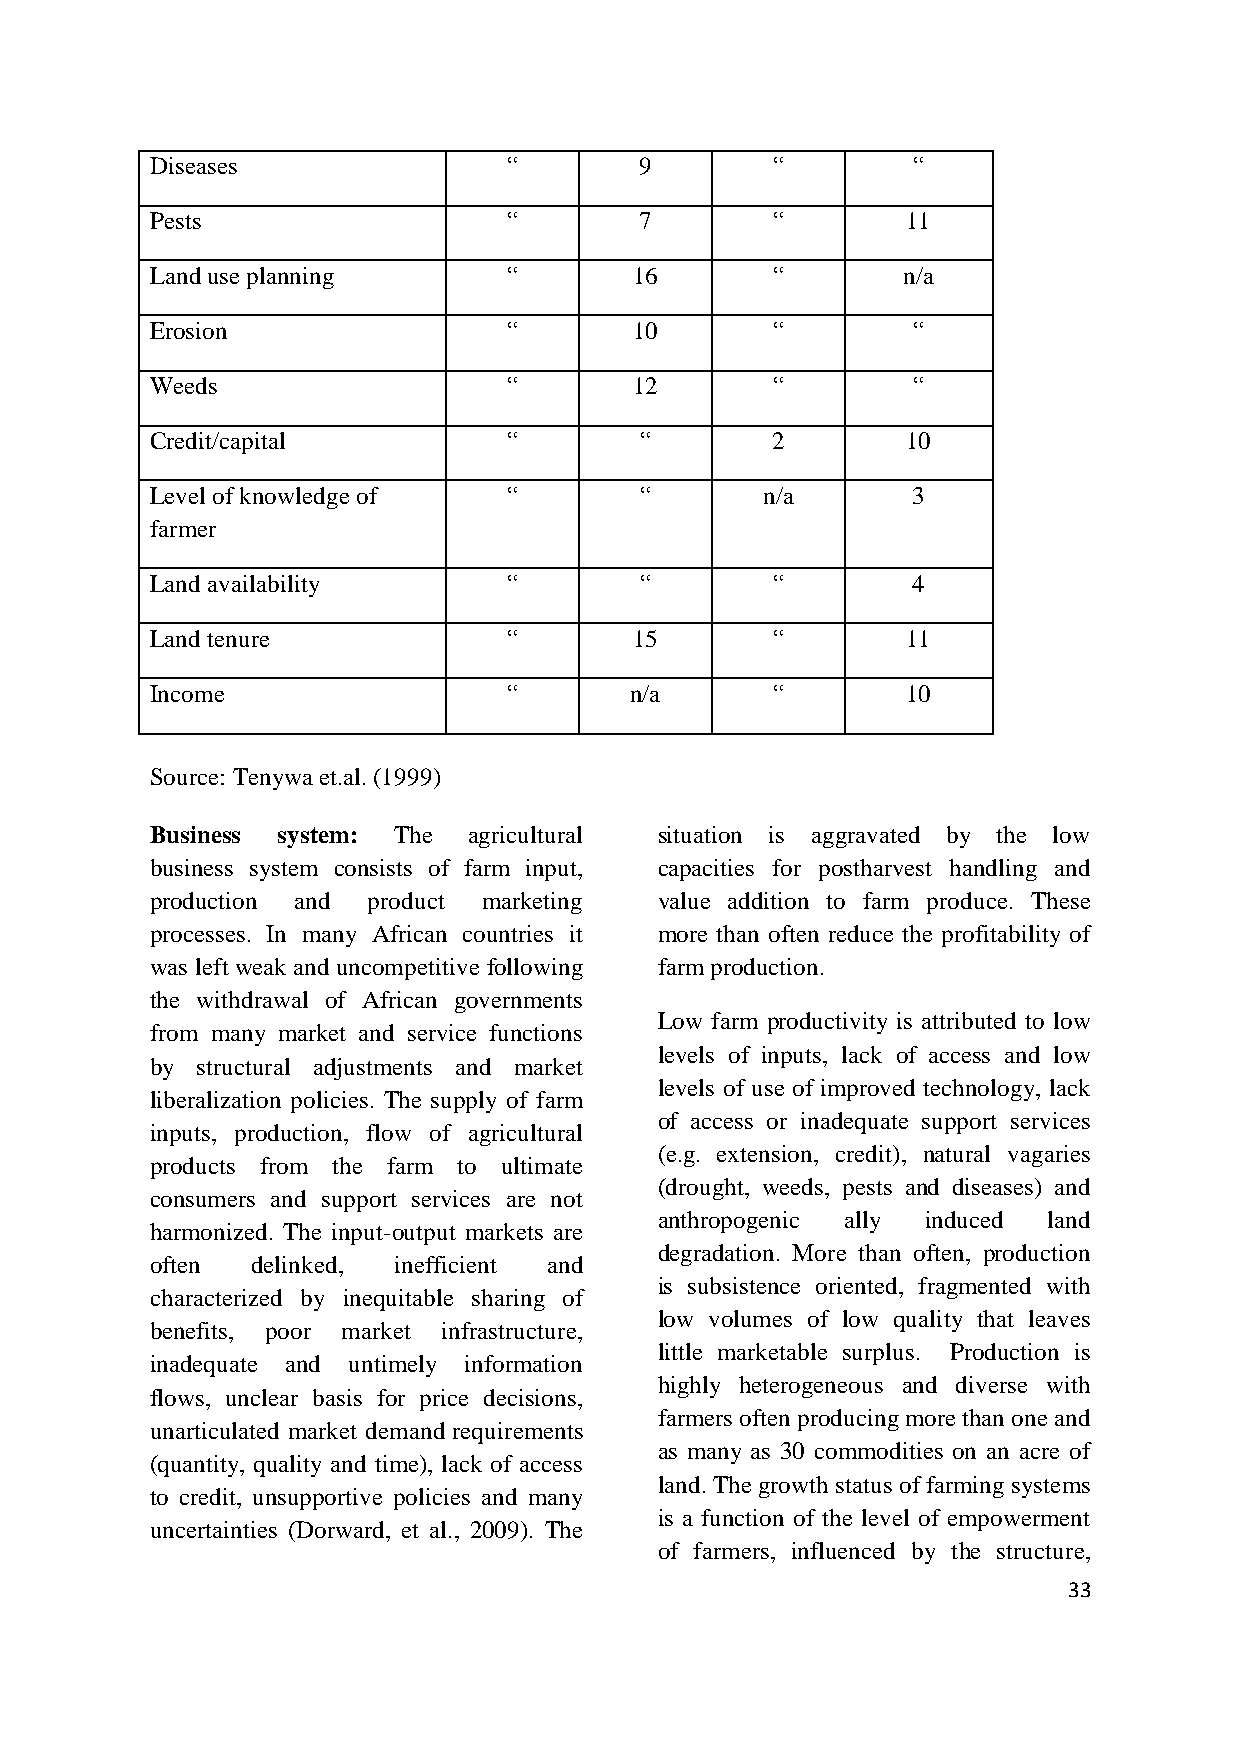
Diseases                “       9        “        “
 Pests                   “       7        “        11
 Land use planning       “       16       “        n/a
 Erosion                 “       10       “        “
 Weeds                   “       12       “        “
 Credit/capital          “       “        2        10
 Level of knowledge of   “       “       n/a       3
 farmer
 Land availability       “       “        “        4
 Land tenure             “       15       “        11
 Income                  “       n/a      “        10
 Source: Tenywa et.al. (1999)
 Business system: The agricultural situation is aggravated by the low
 business system consists of farm input, capacities for postharvest handling and
 production and product marketing  value addition to farm produce. These
 processes. In many African countries it more than often reduce the profitability of
 was left weak and uncompetitive following farm production.
 the withdrawal of African governments
 Low farm productivity is attributed to low
 from many market and service functions
 levels of inputs, lack of access and low
 by structural adjustments and market
 levels of use of improved technology, lack
 liberalization policies. The supply of farm
 of access or inadequate support services
 inputs, production, flow of agricultural
 (e.g. extension, credit), natural vagaries
 products from the farm to ultimate
 (drought, weeds, pests and diseases) and
 consumers and support services are not
 anthropogenic ally induced land
 harmonized. The input-output markets are
 degradation. More than often, production
 often  delinked, inefficient and
 is subsistence oriented, fragmented with
 characterized by inequitable sharing of
 low volumes of low quality that leaves
 benefits, poor market infrastructure,
 little marketable surplus. Production is
 inadequate and untimely information
 highly heterogeneous and diverse with
 flows, unclear basis for price decisions,
 farmers often producing more than one and
 unarticulated market demand requirements
 as many as 30 commodities on an acre of
 (quantity, quality and time), lack of access
 land. The growth status of farming systems
 to credit, unsupportive policies and many
 is a function of the level of empowerment
 uncertainties (Dorward, et al., 2009). The
 of farmers, influenced by the structure,
 33